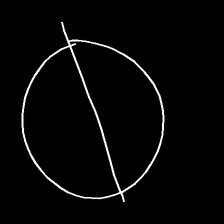
Glyph: orb